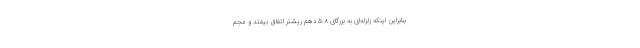
بنابراین اینکه زلزله‌ای به بزرگای ۵.۸ دهم ریشتر اتفاق بیفتد و مجم